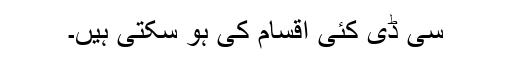
سی ڈی کئی اقسام کی ہو سکتی ہیں۔